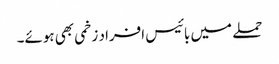
حملے میں بائیس افراد زخمی بھی ہوئے۔